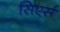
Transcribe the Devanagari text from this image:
सिएर्स